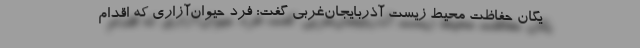
یگان حفاظت محیط زیست آذربایجان‌غربی گفت: فرد حیوان‌آزاری که اقدام